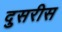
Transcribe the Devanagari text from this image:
दुसरीस